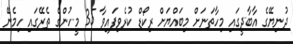
ދުނިޔޭގެ އާބާދީގައި މިހާތަނަށް މިބައްޔަށް ރިކޯޑް ކުރެވިފައިވާ 35 މީހުންގެ ތެރޭގައި ހިމެނޭ